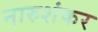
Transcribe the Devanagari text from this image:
नारुशंकर